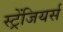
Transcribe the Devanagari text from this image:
स्ट्रेंजियर्स